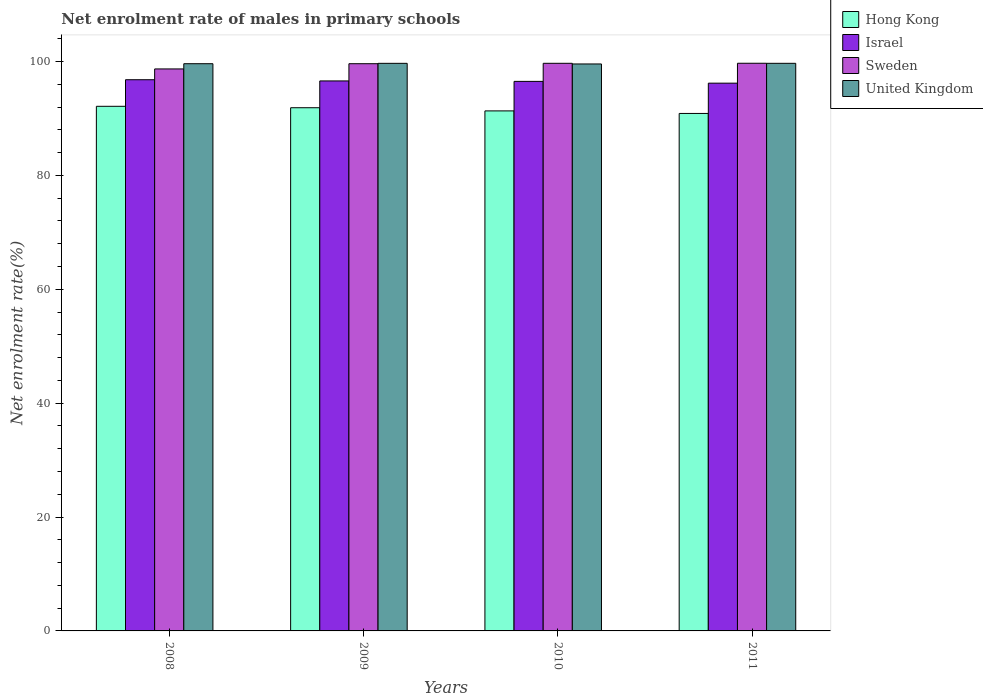
| Years | Hong Kong | Israel | Sweden | United Kingdom |
 | --- | --- | --- | --- | --- |
 | 2008 | 92.1 | 96.8 | 98.7 | 99.6 |
 | 2009 | 91.9 | 96.6 | 99.6 | 99.7 |
 | 2010 | 91.3 | 96.5 | 99.7 | 99.6 |
 | 2011 | 90.9 | 96.2 | 99.7 | 99.7 |